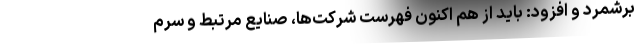
برشمرد و افزود: باید از هم اکنون فهرست شرکت‌ها، صنایع مرتبط و سرم